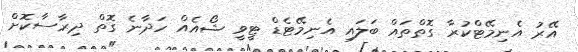
އޭރު އެނިމޭޓްކުރާ ގޮތްތައް ބަލައި އެނިމޭޓެޑް ޓީވީ ޝޯއެއް ހަދާނެ ގޮތް ދިރާސާކޮށް